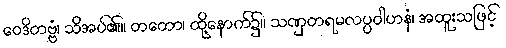
ဝေဒိတဗ္ဗံ၊ သိအပ်၏။ တတော၊ ထို့နောက်၌။ သဏှတရမလပ္ပဝါဟနံ၊ အထူးသဖြင့်